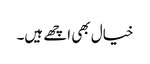
خیال بھی اچھے ہیں۔